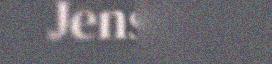
Jensen